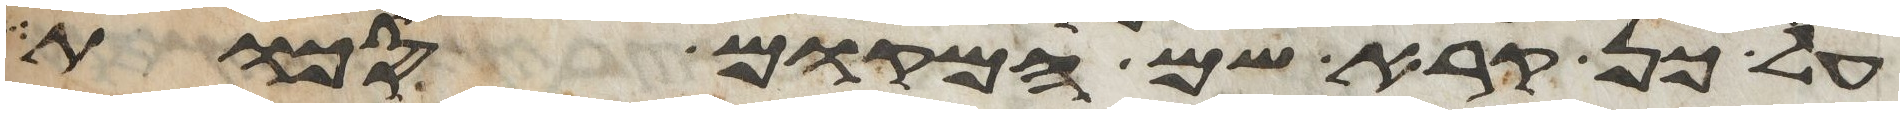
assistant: על כן קרא שם המקום סכות